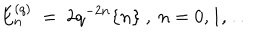
E _ { n } ^ { ( q ) } \ = \ 2 q ^ { - 2 n } \{ n \} \ , \ n = 0 , 1 , \ldots